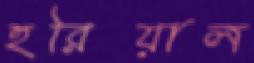
হরিয়াল